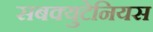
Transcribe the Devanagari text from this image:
सबक्युटेनियस